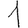
Digit: 1